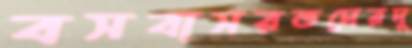
বসবাসরতদেরদূ